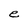
Character: e